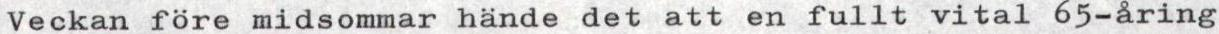
Veckan före midsommar hände det att en fullt vital 65-åring